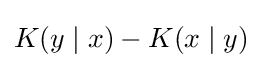
K(y\mid x)-K(x\mid y)